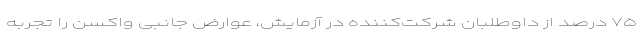
۷۵ درصد از داوطلبان شرکت‌کننده در آزمایش، عوارض جانبی واکسن را تجربه‌